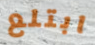
ابتلع